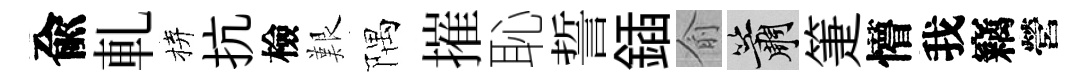
兪軋拚抗檢艱隅摧恥誓鍤俞簫箑懵我竊營